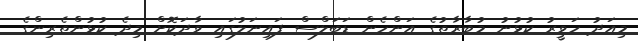
މިއަދު ހަވީރު ކުޅުނު މުބާރާތުގެ އަންހެން ޑަބަލްސް ފައިނަލުގައި ވާދަކޮށް މިދެ ކުޅުންތެރިންގެ